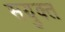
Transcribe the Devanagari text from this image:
सयुक्‍त